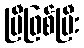
ပြီဖြစ်ပြီး